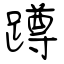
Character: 蹲